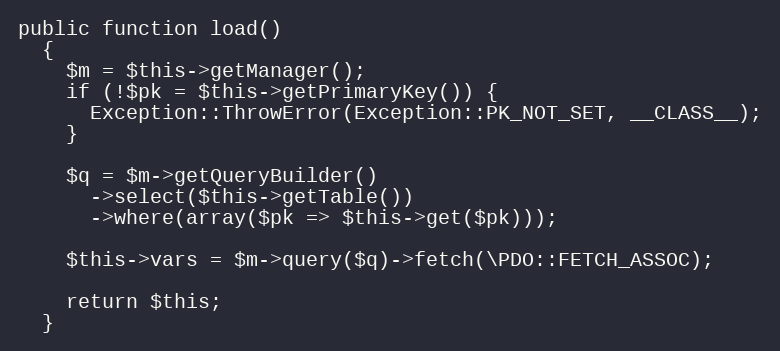
Language: PHP
public function load()
  {
    $m = $this->getManager();
    if (!$pk = $this->getPrimaryKey()) {
      Exception::ThrowError(Exception::PK_NOT_SET, __CLASS__);
    }

    $q = $m->getQueryBuilder()
      ->select($this->getTable())
      ->where(array($pk => $this->get($pk)));

    $this->vars = $m->query($q)->fetch(\PDO::FETCH_ASSOC);

    return $this;
  }